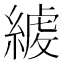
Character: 𦂇